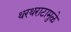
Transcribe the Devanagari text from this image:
थरथराटामुळे